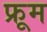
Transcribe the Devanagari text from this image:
फ्रूम